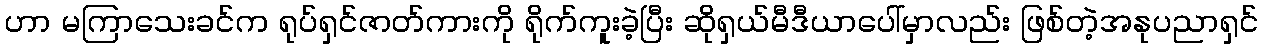
ဟာ မကြာသေးခင်က ရုပ်ရှင်ဇာတ်ကားကို ရိုက်ကူးခဲ့ပြီး ဆိုရှယ်မီဒီယာပေါ်မှာလည်း ဖြစ်တဲ့အနုပညာရှင်